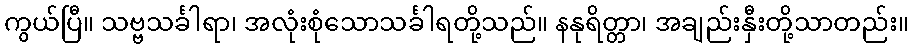
ကွယ်ပြီ။ သဗ္ဗသင်္ခါရာ၊ အလုံးစုံသောသင်္ခါရတို့သည်။ နနုရိတ္တာ၊ အချည်းနှီးတို့သာတည်း။